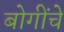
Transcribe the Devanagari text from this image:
बोगींचे